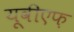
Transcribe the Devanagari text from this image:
यूवीएफ़